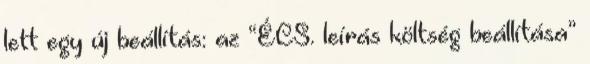
lett egy új beállítás: az “ÉCS. leírás költség beállítása”